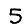
Digit: 5